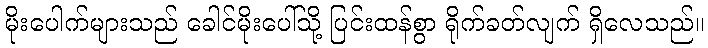
မိုးပေါက်များသည် ခေါင်မိုးပေါ်သို့ ပြင်းထန်စွာ ရိုက်ခတ်လျက် ရှိလေသည်။